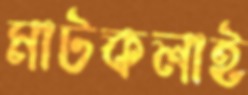
মাটকলাই